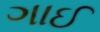
ગાઈ